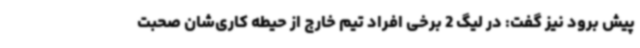
پیش برود نیز گفت: در لیگ 2 برخی افراد تیم خارج از حیطه کاری‌شان صحبت